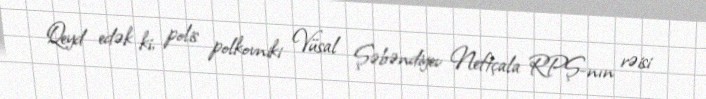
Qeyd edək ki, polis polkovniki Vüsal Şəbəndiyev Neftçala RPŞ-nın rəisi